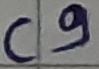
Text: C9